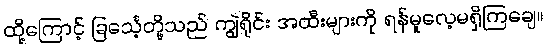
ထို့ကြောင့် ခြင်္သေ့တို့သည် ကျွဲရိုင်း အထီးများကို ရန်မူလေ့မရှိကြချေ။